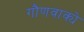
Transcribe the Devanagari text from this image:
गौणवाक्ये